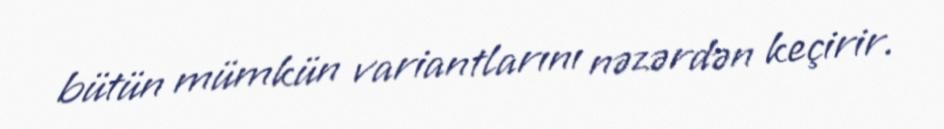
bütün mümkün variantlarını nəzərdən keçirir.